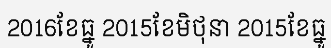
2016ខែធ្នូ 2015ខែមិថុនា 2015ខែធ្នូ